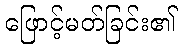
ဖြောင့်မတ်ခြင်း၏